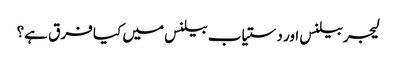
لیجر بیلنس اور دستیاب بیلنس میں کیا فرق ہے؟